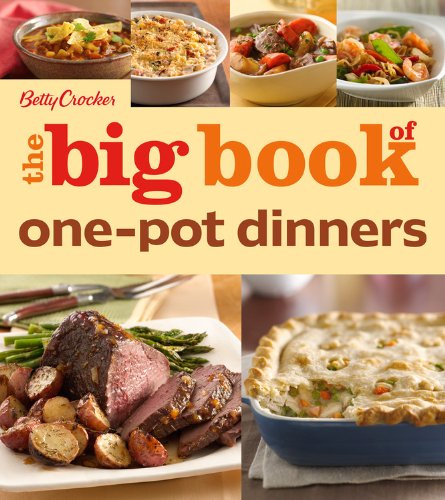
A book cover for Betty Crocker The Big Book of One-Pot Dinners (Betty Crocker Big Book); Betty Crocker; Cookbooks, Food & Wine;